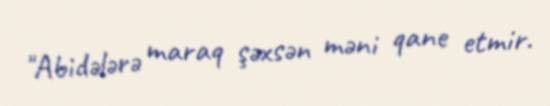
"Abidələrə maraq şəxsən məni qane etmir.